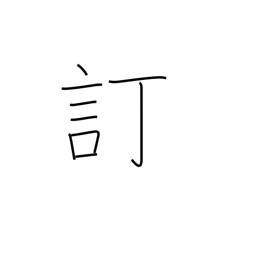
Meaning: revise